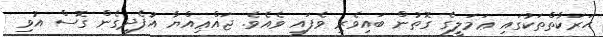
ޙަރަކާތްތަކުގައި ޢަމަލީގެ ގޮތުން ބައިވެރި ވެފައި ވެއެވެ. ޖައްޢިއްޔާ އުފެދިގެން ގޮސް އުވި